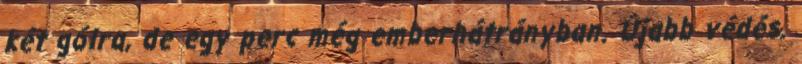
két gólra, de egy perc még emberhátrányban. Újabb védés.